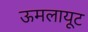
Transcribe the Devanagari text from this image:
ऊमलायूट